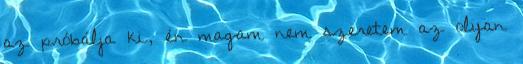
az próbálja ki, én magam nem szeretem az olyan